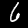
Label: 6